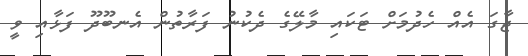
ޖާގަ އެއް ހެދުމަށް ޓަކައި މާލޭގެ ދެކުނު ފަރާތުން އެނބޫދޫ ފަޅާއި ވީ